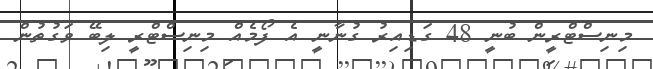
މިނިސްޓްރީން ބުނީ 48 ގަޑިއިރު ގުނާނީ އެ ފޯމެއް މިނިސްޓްރީ ލިބޭ ވަގުތުން